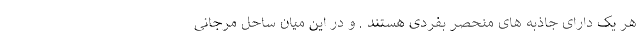
هر یک دارای جاذبه های منحصر بفردی هستند . و در این میان ساحل مرجانی